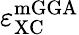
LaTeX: \varepsilon_{\mathrm{XC}}^{\mathrm{mGGA}}